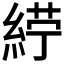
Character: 𮈙